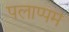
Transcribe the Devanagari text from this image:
पलाप्पम